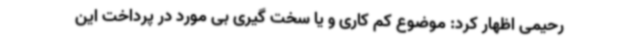
رحیمی اظهار کرد: موضوع کم کاری و یا سخت گیری بی مورد در پرداخت این